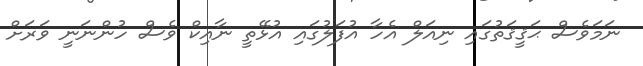
ނަމަވެސް ޙަޤީޤަތުގައި ނިއަލް އެހާ އުފަލުގައި އުޅޭތީ ނާއިކް ވެސް ހުންނަނީ ވަރަށް